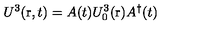
U ^ { 3 } ( \mathrm { \boldmath r } , t ) = A ( t ) U _ { 0 } ^ { 3 } ( \mathrm { \boldmath r } ) A ^ { \dag } ( t )